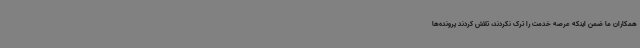
همکاران ما ضمن اینکه عرصه خدمت را ترک نکردند، تلاش کردند پرونده‌ها